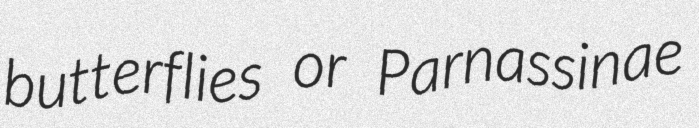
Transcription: butterflies or Parnassinae